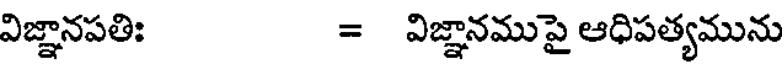
విజ్ఞానపతిః = విజ్ఞానముపై ఆధిపత్యమును